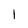
Character: 1